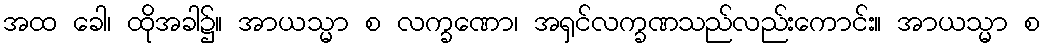
အထ ခေါ၊ ထိုအခါ၌။ အာယသ္မာ စ လက္ခဏော၊ အရှင်လက္ခဏသည်လည်းကောင်း။ အာယသ္မာ စ